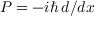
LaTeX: P = - i \hbar \, d / d x